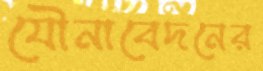
যৌনাবেদনের